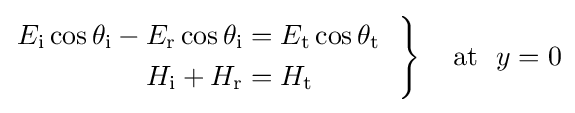
\left.{\begin{aligned}E_{\text{i}}\cos \theta _{\text{i}}-E_{\text{r}}\cos \theta _{\text{i}}&=E_{\text{t}}\cos \theta _{\text{t}}\\H_{\text{i}}+H_{\text{r}}&=H_{\text{t}}\end{aligned}}~~\right\}~~~{\text{at}}~~y=0